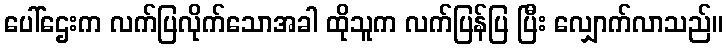
ပေါ်ဌေးက လက်ပြလိုက်သောအခါ ထိုသူက လက်ပြန်ပြ ပြီး လျှောက်လာသည်။